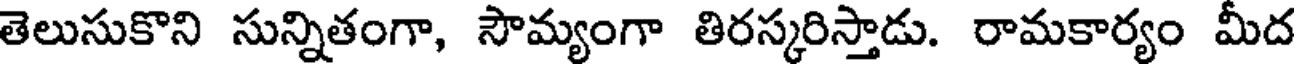
తెలుసుకొని సున్నితంగా, సౌమ్యంగా తిరస్కరిస్తాడు. రామకార్యం మీద